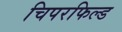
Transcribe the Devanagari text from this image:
चिपरफिल्ड